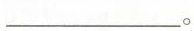
___。